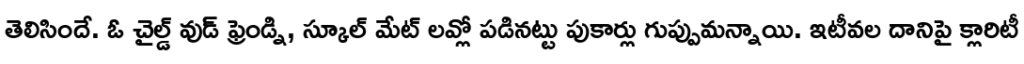
తెలిసిందే. ఓ చైల్డ్ వుడ్ ఫ్రెండ్ని, స్కూల్ మేట్ లవ్లో పడినట్టు పుకార్లు గుప్పుమన్నాయి. ఇటీవల దానిపై క్లారిటీ